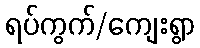
ရပ်ကွက်/ကျေးရွာ